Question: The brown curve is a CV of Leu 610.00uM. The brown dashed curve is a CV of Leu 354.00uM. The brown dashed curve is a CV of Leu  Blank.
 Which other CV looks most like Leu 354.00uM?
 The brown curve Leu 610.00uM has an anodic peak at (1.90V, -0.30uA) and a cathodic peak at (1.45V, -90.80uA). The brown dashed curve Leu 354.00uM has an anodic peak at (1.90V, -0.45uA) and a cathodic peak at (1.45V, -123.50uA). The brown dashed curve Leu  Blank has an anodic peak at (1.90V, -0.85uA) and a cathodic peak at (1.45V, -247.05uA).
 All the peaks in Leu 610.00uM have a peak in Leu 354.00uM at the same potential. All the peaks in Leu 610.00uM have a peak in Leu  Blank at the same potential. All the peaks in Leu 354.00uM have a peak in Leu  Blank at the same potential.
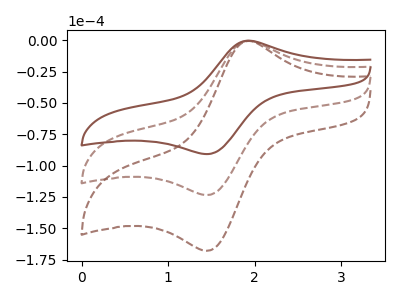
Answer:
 <answer>"Leu 354.00uM" and "Leu  Blank" have a similar shape to "Leu 610.00uM".</answer>
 <eval>"Leu 354.00uM" "Leu  Blank"</eval>